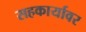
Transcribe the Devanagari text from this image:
सहकार्यावर